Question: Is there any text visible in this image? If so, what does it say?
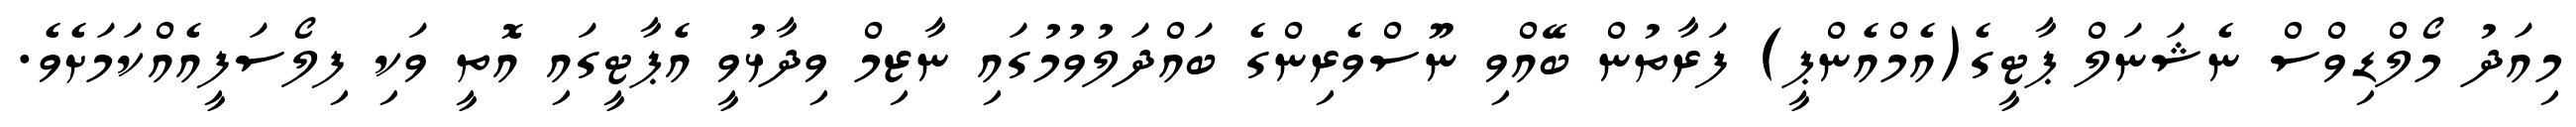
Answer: މިއަދު މޯލްޑިވްސް ނެޝަނަލް ޕާޓީގެ(އެމްއެންޕީ) ފަރާތުން ބޭއްވި ނޫސްވެރިންގެ ބައްދަލުވުމުގައި ނާޒިމް ވިދާޅުވީ އެޕާޓީގައި އޮތީ ވަކި ފިލޯސަފީއެއްކަމަށެވެ.